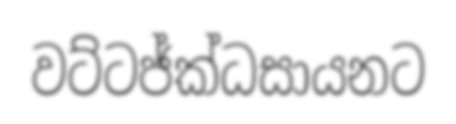
වට්ටජ්ක්ධසායනට